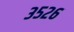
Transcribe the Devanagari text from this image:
३५२६